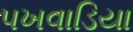
પખવાડિયા